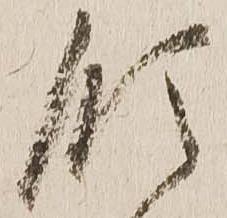
領